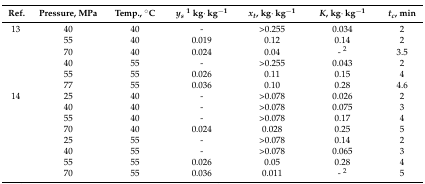
| Ref. | Pressure, MPa | Temp., °C | ys1 kg·kg−1 | xt, kg·kg−1 | K, kg·kg−1 | tc, min |
 | --- | --- | --- | --- | --- | --- | --- |
 | 13 | 40 | 40 | - | >0.255 | 0.034 | 2 |
 |  | 55 | 40 | 0.019 | 0.12 | 0.14 | 2 |
 |  | 70 | 40 | 0.024 | 0.04 | - 2 | 3.5 |
 |  | 40 | 55 | - | >0.255 | 0.043 | 2 |
 |  | 55 | 55 | 0.026 | 0.11 | 0.15 | 4 |
 |  | 77 | 55 | 0.036 | 0.10 | 0.28 | 4.6 |
 | 14 | 25 | 40 | - | >0.078 | 0.026 | 2 |
 |  | 40 | 40 | - | >0.078 | 0.075 | 3 |
 |  | 55 | 40 | - | >0.078 | 0.17 | 4 |
 |  | 70 | 40 | 0.024 | 0.028 | 0.25 | 5 |
 |  | 25 | 55 | - | >0.078 | 0.14 | 2 |
 |  | 40 | 55 | - | >0.078 | 0.065 | 3 |
 |  | 55 | 55 | 0.026 | 0.05 | 0.28 | 4 |
 |  | 70 | 55 | 0.036 | 0.011 | - 2 | 5 |